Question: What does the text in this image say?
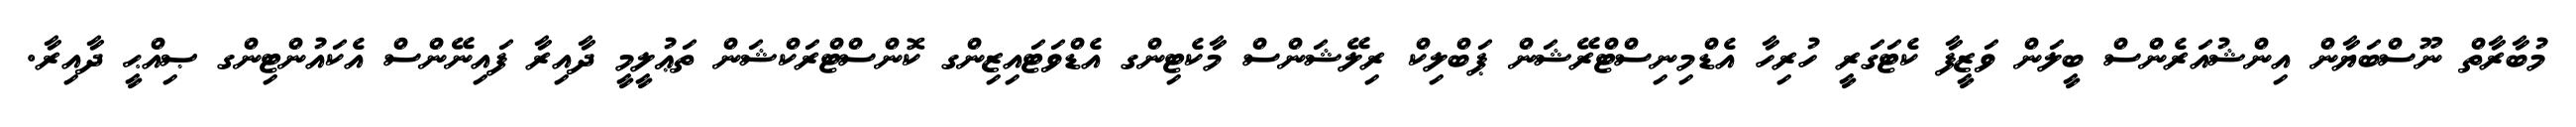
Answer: މުބާރާތް ނޫސްބަޔާން އިންޝުއަރެންސް ބީލަން ވަޒީފާ ކެޓަގަރީ ހުރިހާ އެޑްމިނިސްޓްރޭޝަން ޕަބްލިކް ރިލޭޝަންސް މާކެޓިންގ އެޑްވަޓައިޒިންގ ކޮންސްޓްރަކްޝަން ތަޢުލީމީ ދާއިރާ ފައިނޭންސް އެކައުންޓިންގ ޞިއްޙީ ދާއިރާ.